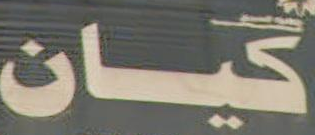
گیـان